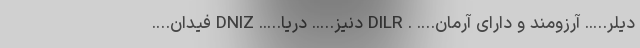
دیلر….. آرزومند و دارای آرمان…. . DILR دنیز….. دریا….. DNIZ فیدان….